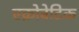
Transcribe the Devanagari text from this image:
एक्रोबेटिक